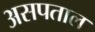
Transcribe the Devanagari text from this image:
असपताल